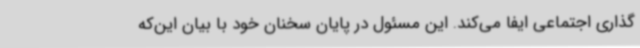
گذاری اجتماعی ایفا می‌کند. این مسئول در پایان سخنان خود با بیان این‌که